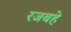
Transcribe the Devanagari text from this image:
रजबहे